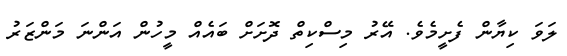
ލަވަ ކިޔާން ފެށީމެވެ. އޭރު މިސްކިތް ދޮށަށް ބައެއް މީހުން އަންނަ މަންޒަރު